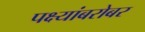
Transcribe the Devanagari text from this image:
पक्ष्यांबरोबर